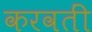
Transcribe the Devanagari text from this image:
करवतीं